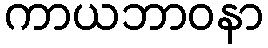
ကာယဘာဝနာ